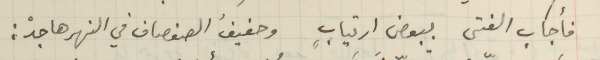
فأجاب الفتى ببعض ارتيابٍ وحفيفُ الصفصاف في النهر هاجدْ: